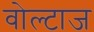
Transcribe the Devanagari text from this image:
वोल्टाज